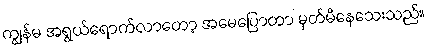
ကျွန်မ အရွယ်ရောက်လာတော့ အမေပြောတာ မှတ်မိနေသေးသည်။